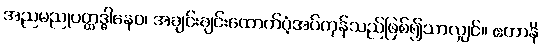
အညမညုပတ္ထဒ္ဓါနေဝ၊ အချင်းချင်းထောက်ပံ့အပ်ကုန်သည်ဖြစ်၍သာလျှင်။ ဧတာနိ